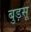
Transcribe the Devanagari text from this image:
बुड़सू